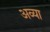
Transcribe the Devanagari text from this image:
अव्या